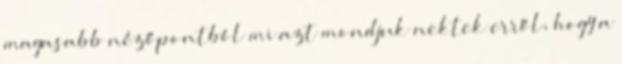
magasabb nézőpontból mi azt mondjuk nektek erről, hogy a